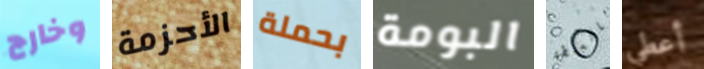
وخارج الأحزمة بحملة البومة بالسلطة أعطي